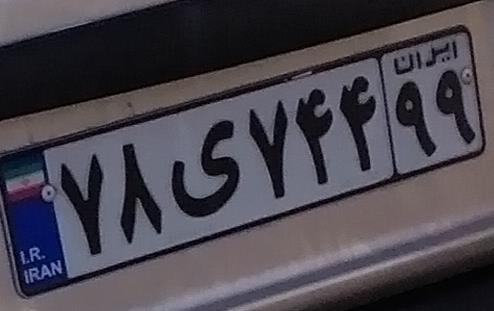
۷۸ی۷۴۴۹۹